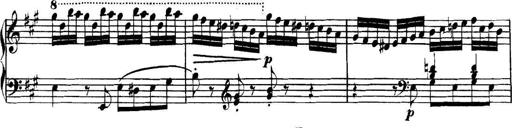
Title: Collected Piano Sonatas
Composer: Muzio Clementi